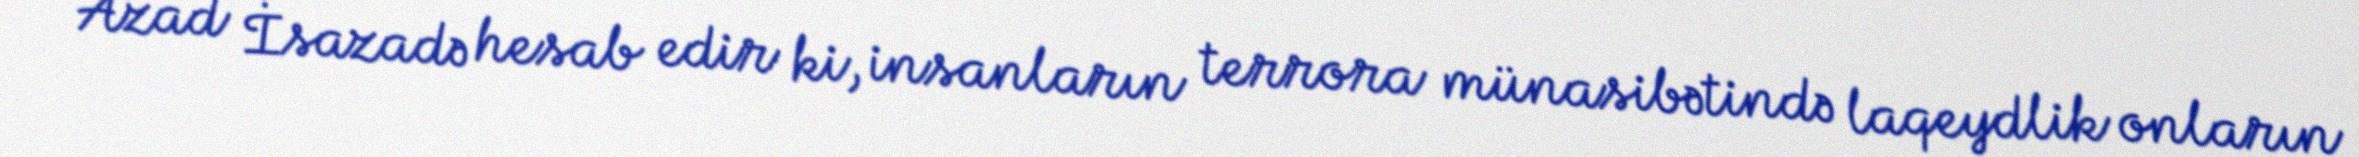
Azad İsazadə hesab edir ki, insanların terrora münasibətində laqeydlik onların